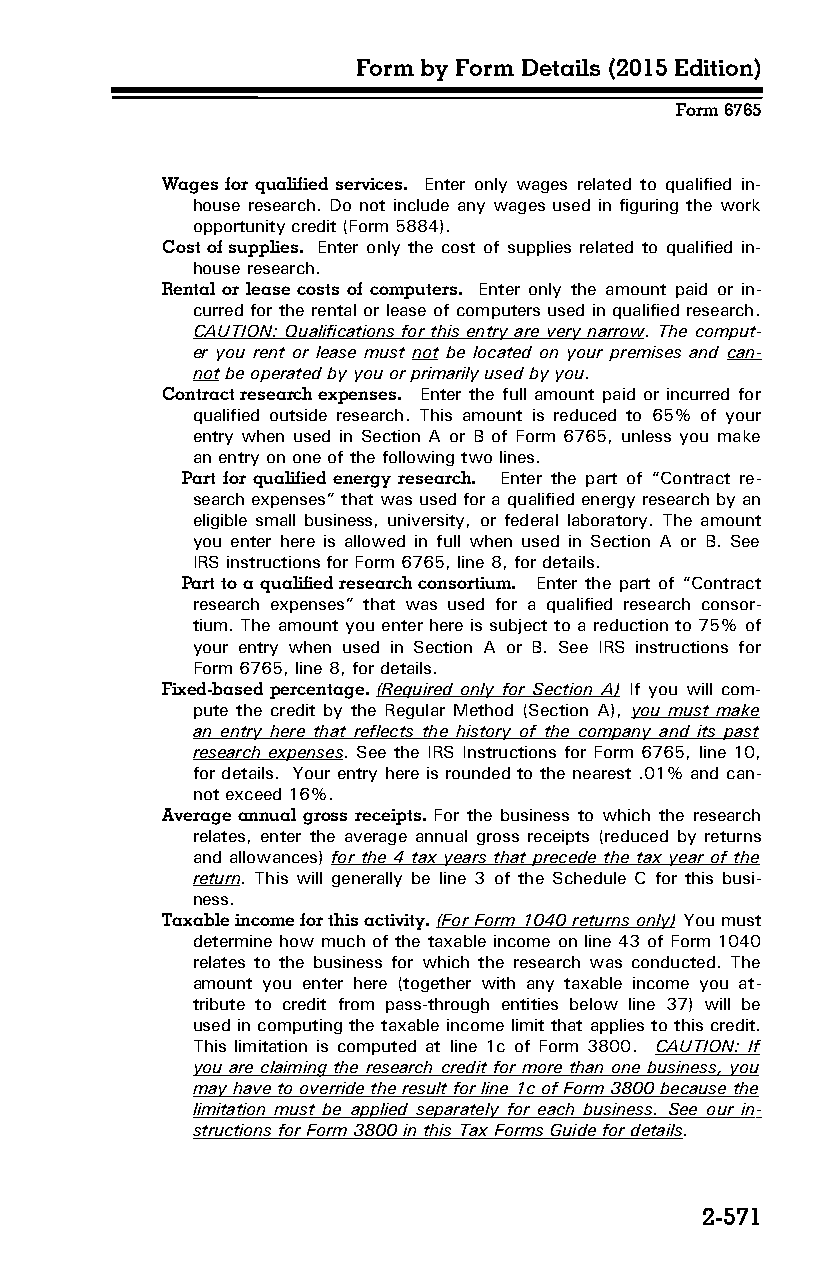
Form by Form Details (2015 Edition)
 Form 6765
 Wages for qualified services. Enter only wages related to qualified in-
 house research. Do not include any wages used in figuring the work
 opportunity credit (Form 5884).
 Cost of supplies. Enter only the cost of supplies related to qualified in-
 house research.
 Rental or lease costs of computers. Enter only the amount paid or in­
 curred for the rental or lease of computers used in qualified research.
 CAUTION: Qualifications for this entry are very narrow. The comput­
 er you rent or lease must not be located on your premises and can­
 not be operated by you or primarily used by you.
 Contract research expenses. Enter the full amount paid or incurred for
 qualified outside research. This amount is reduced to 65% of your
 entry when used in Section A or B of Form 6765, unless you make
 an entry on one of the following two lines.
 Part for qualified energy research. Enter the part of “Contract re­
 search expenses” that was used for a qualified energy research by an
 eligible small business, university, or federal laboratory. The amount
 you enter here is allowed in full when used in Section A or B. See
 IRS instructions for Form 6765, line 8, for details.
 Part to a qualified research consortium. Enter the part of “Contract
 research expenses” that was used for a qualified research consor­
 tium. The amount you enter here is subject to a reduction to 75% of
 your entry when used in Section A or B. See IRS instructions for
 Form 6765, line 8, for details.
 Fixed-based percentage. (Required only for Section A) If you will com­
 pute the credit by the Regular Method (Section A), you must make
 an entry here that reflects the history of the company and its past
 research expenses. See the IRS Instructions for Form 6765, line 10,
 for details. Your entry here is rounded to the nearest .01% and can­
 not exceed 16%.
 Average annual gross receipts. For the business to which the research
 relates, enter the average annual gross receipts (reduced by returns
 and allowances) for the 4 tax years that precede the tax year of the
 return. This will generally be line 3 of the Schedule C for this busi­
 ness.
 Taxable income for this activity. (For Form 1040 returns only) You must
 determine how much of the taxable income on line 43 of Form 1040
 relates to the business for which the research was conducted. The
 amount you enter here (together with any taxable income you at­
 tribute to credit from pass-through entities below line 37) will be
 used in computing the taxable income limit that applies to this credit.
 This limitation is computed at line 1c of Form 3800. CAUTION: If
 you are claiming the research credit for more than one business, you
 may have to override the result for line 1c of Form 3800 because the
 limitation must be applied separately for each business. See our in­
 structions for Form 3800 in this Tax Forms Guide for details.
 2-571